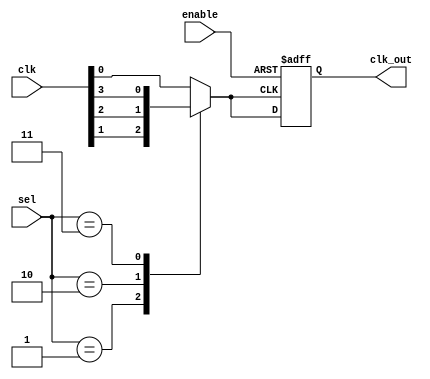
module clock_mux_buffer #(
    parameter NUM_CLOCKS = 4  // Number of clock inputs
)(
    input wire [NUM_CLOCKS-1:0] clk,   // Clock inputs (clk0, clk1, ..., clkN)
    input wire [NUM_CLOCKS-1:0] sel,    // Selection input
    input wire enable,                   // Enable signal
    output reg clk_out                   // Clock output
);

    // Internal signal to hold the selected clock
    reg selected_clk;

    always @(*) begin
        // Select the clock based on the selection input
        case (sel)
            2'b00: selected_clk = clk[0];
            2'b01: selected_clk = clk[1];
            2'b10: selected_clk = clk[2];
            2'b11: selected_clk = clk[3];
            default: selected_clk = clk[0]; // Default case
        endcase
    end

    always @(posedge selected_clk or negedge enable) begin
        if (!enable) begin
            clk_out <= 1'b0; // Hold output low when disabled
        end else begin
            clk_out <= selected_clk; // Pass the selected clock to output
        end
    end

endmodule